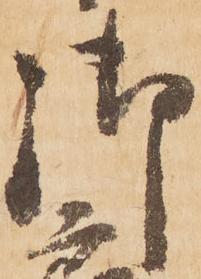
御